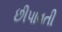
છીપાવતી